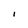
Character: I